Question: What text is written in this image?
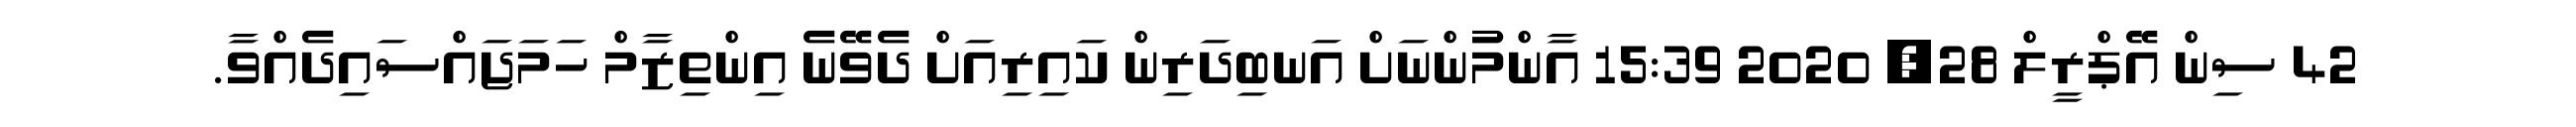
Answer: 42 ސިން އޭޕްރީލް 28, 2020 15:39 އާންމުންނަށް އަނބިދަރިން ކައިރިއަށް ދެވޭނެ އިންތިޒާމް ހަމަޖައްސައިދެއްވާ.